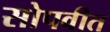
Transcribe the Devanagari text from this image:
सोपवीत